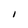
Character: I